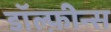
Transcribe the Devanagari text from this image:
डॉल्फ़ीन्स